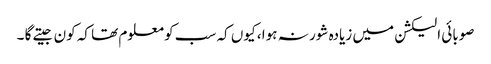
صوبائی الیکشن میں زیادہ شور نہ ہوا ، کیوں کہ سب کو معلوم تھا کہ کون جیتے گا ۔